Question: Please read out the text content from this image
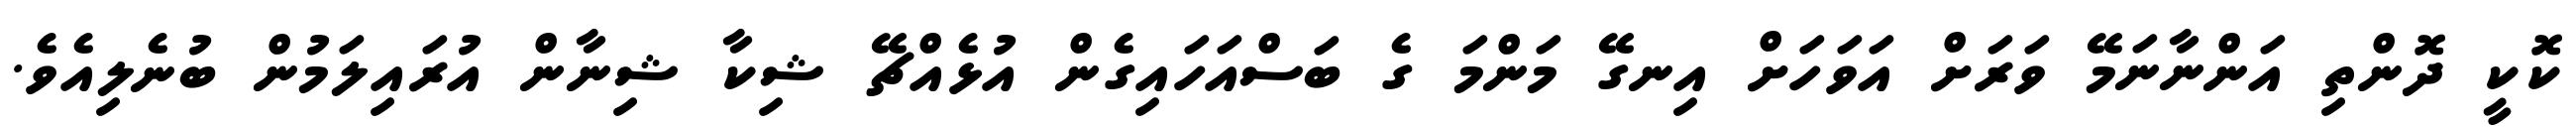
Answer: ކޮކީ ދޮންތި އަންނާނަމޭ ވަރަށް އަވަހަށް އިނގޭ މަންމަ ގެ ބަސްއަހައިގެން އުޅެއްޗޭ ޝިކާ ޝިނާން އުރައިލަމުން ބުނެލިއެވެ.